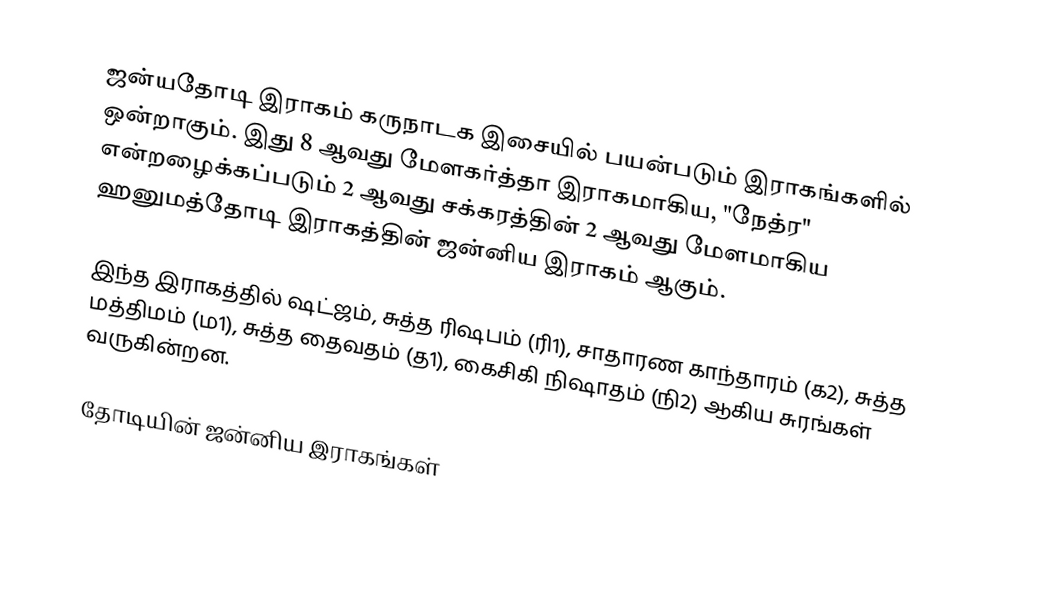
ஜன்யதோடி இராகம் கருநாடக இசையில் பயன்படும் இராகங்களில் ஒன்றாகும். இது 8 ஆவது மேளகர்த்தா இராகமாகிய, "நேத்ர" என்றழைக்கப்படும் 2 ஆவது சக்கரத்தின் 2 ஆவது மேளமாகிய ஹனுமத்தோடி இராகத்தின் ஜன்னிய இராகம் ஆகும்.

இந்த இராகத்தில் ஷட்ஜம், சுத்த ரிஷபம் (ரி1),  சாதாரண காந்தாரம் (க2), சுத்த மத்திமம் (ம1), சுத்த தைவதம் (த1), கைசிகி நிஷாதம்  (நி2) ஆகிய சுரங்கள் வருகின்றன.

தோடியின் ஜன்னிய இராகங்கள்